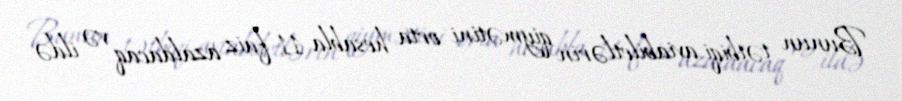
Bunun tətbiqi aviabiletlərin qiymətini orta hesabla 11 faiz azaldacaq və ildə